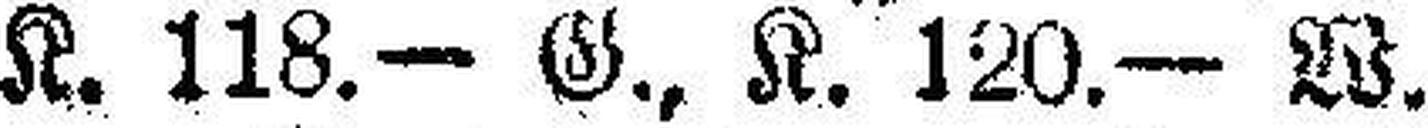
K. 118.— G., K. 120.— W.